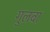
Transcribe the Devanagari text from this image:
गुलबा